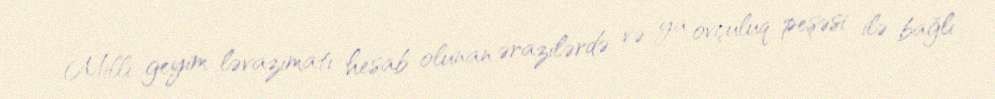
Milli geyim ləvazimatı hesab olunan ərazilərdə və ya ovçuluq peşəsi ilə bağlı